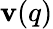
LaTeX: \mathbf{v}(q)